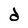
Character: d